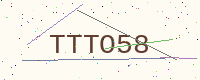
Text: TTTO58